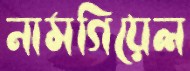
নামগিয়েল